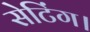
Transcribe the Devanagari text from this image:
सेटिंग।